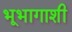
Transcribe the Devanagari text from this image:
भूभागाशी